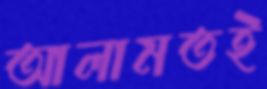
আলামতই